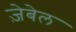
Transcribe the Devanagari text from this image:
ज़ेबेल